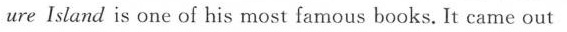
ure Island is one of his most famous books. It came out